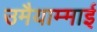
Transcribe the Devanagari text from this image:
उमैयाम्माई